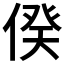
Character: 𠊾